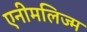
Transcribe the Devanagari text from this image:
एनीमलिज्म